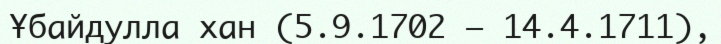
Ұбайдулла хан (5.9.1702 — 14.4.1711),